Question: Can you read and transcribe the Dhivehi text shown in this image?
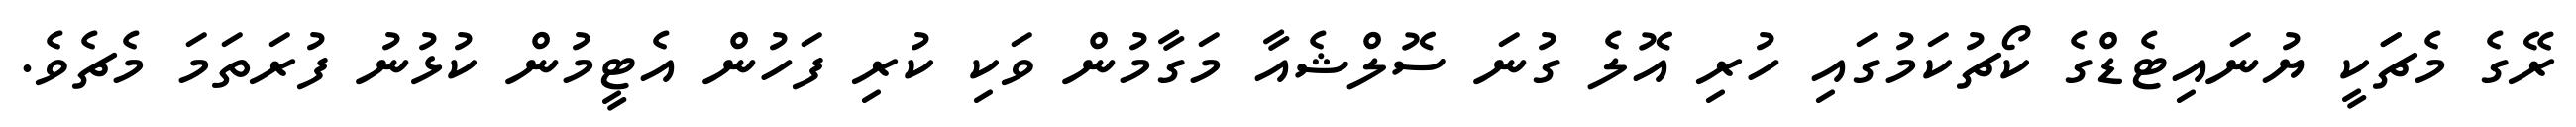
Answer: ރޭގެ މެޗަަކީ ޔުނައިޓެޑްގެ ކޯޗުކަމުގައި ހުރި އޮލެ ގުނަ ސޮލްޝެއާ މަގާމުން ވަކި ކުރި ފަހުން އެޓީމުން ކުޅުނު ފުރަތަމަ މެޗެވެ.